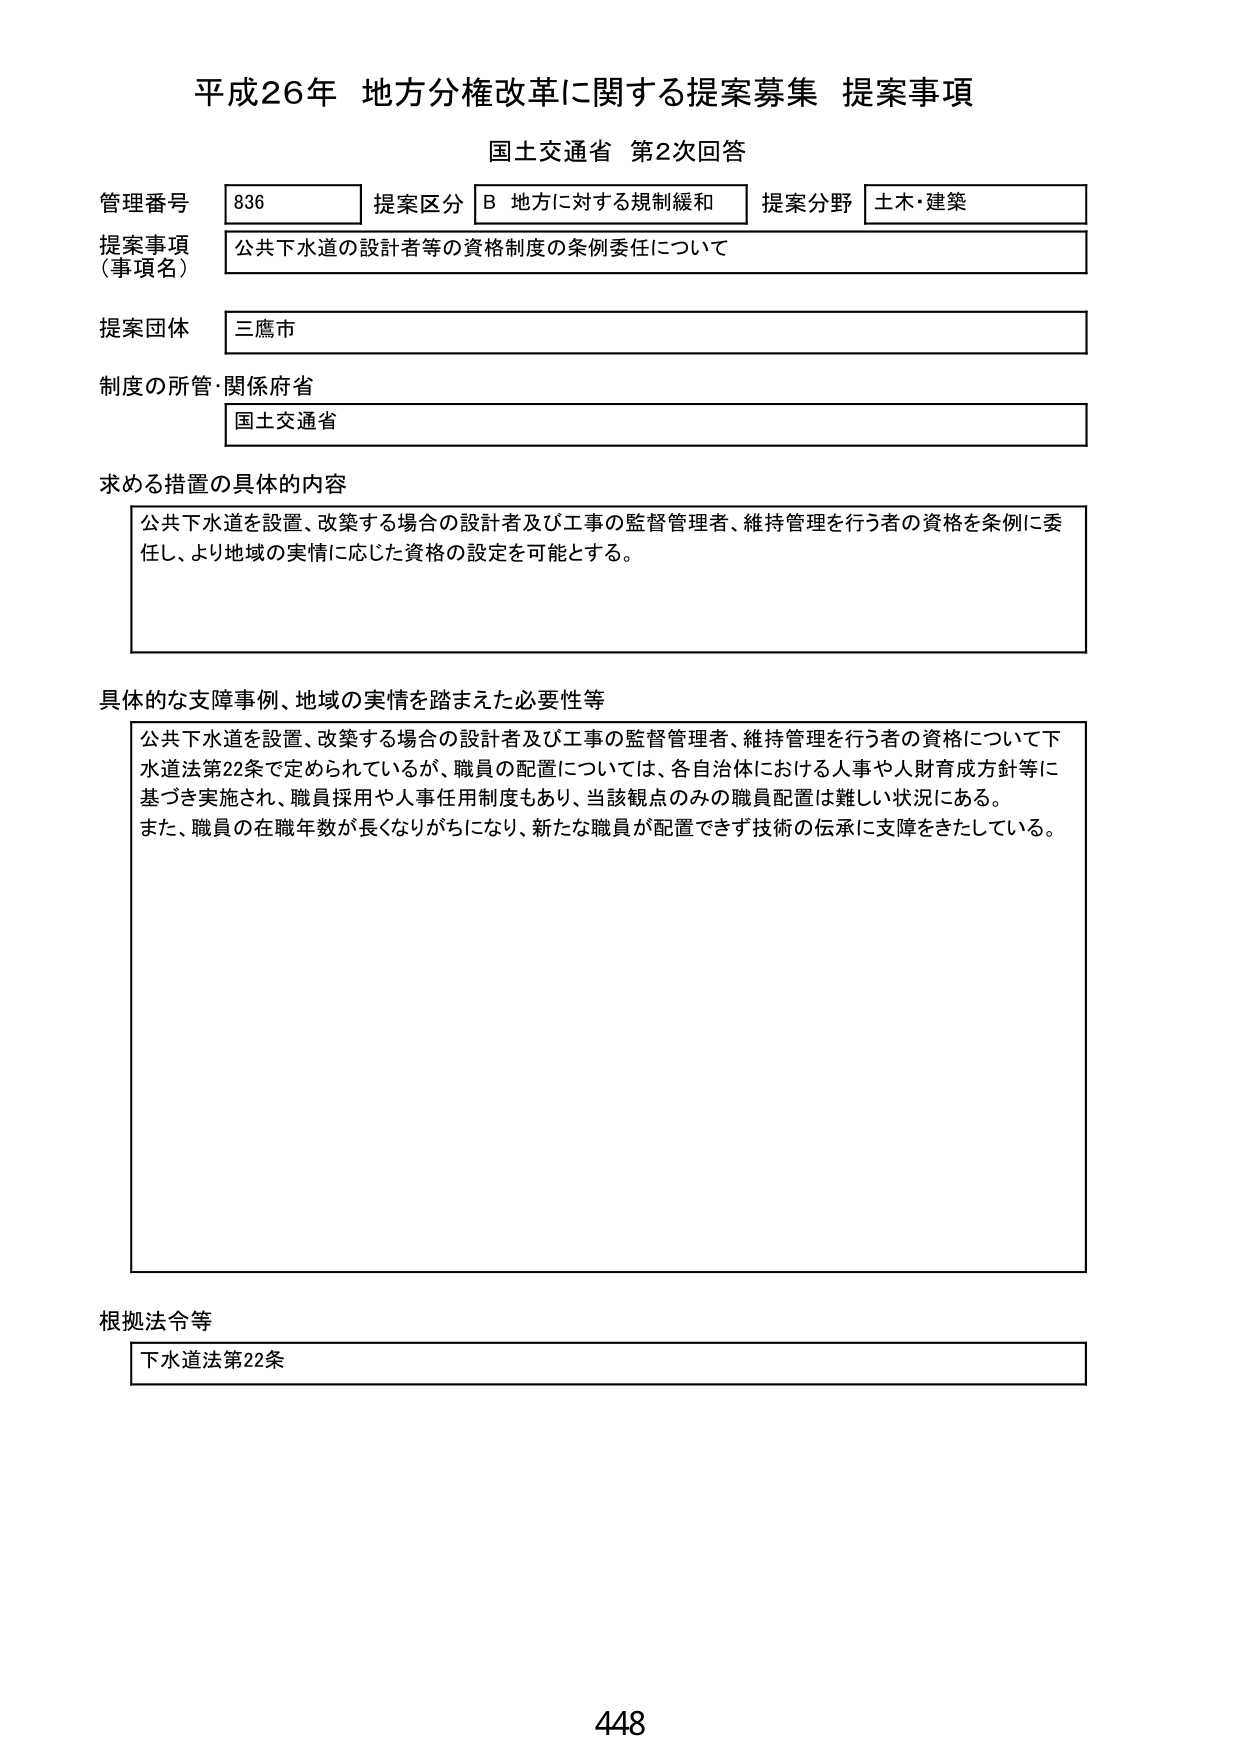
平成26年 地方分権改革に関する提案募集 提案事項
国土交通省 第2次回答

管理番号 836 提案区分 B 地方に対する規制緩和 提案分野 土木・建築
提案事項（事項名） 公共下水道の設計者等の資格制度の条例委任について
提案団体 三鷹市
制度の所管・関係府省 国土交通省

求める措置の具体的内容
公共下水道を設置、改築する場合の設計者及び工事の監督管理者、維持管理を行う者の資格を条例に委任し、より地域の実情に応じた資格の設定を可能とする。

具体的な支障事例、地域の実情を踏まえた必要性等
公共下水道を設置、改築する場合の設計者及び工事の監督管理者、維持管理を行う者の資格について下水道法第22条で定められているが、職員の配置については、各自治体における人事や人財育成方針等に基づき実施され、職員採用や人事任用制度もあり、当該観点のみの職員配置は難しい状況にある。また、職員の在職年数が長くなりがちになり、新たな職員が配置できず技術の伝承に支障をきたしている。

根拠法令等
下水道法第22条

448